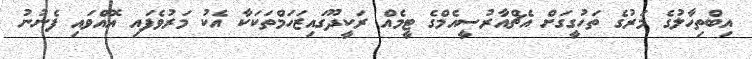
އިބްތިހާލުގެ މަރުގެ ތަހުގީގަށް އެޗްއާރުސީއެމްގެ ޓީމެއް ރަކީދޫގައިޒަހަމްތަކަކާ އެކު މަރުވެފައި އޮއްވައި ފެނުނު